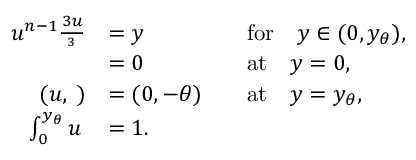
\begin{array} { r l r l } { u ^ { n - 1 } \frac { \d ^ { 3 } u } { \d y ^ { 3 } } } & { = y } & & { \mathrm { f o r } \quad y \in ( 0 , y _ { \theta } ) , } \\ { \frac { \d u } { \d y } } & { = 0 } & & { \mathrm { a t } \quad y = 0 , } \\ { ( u , \frac { \d u } { \d y } ) } & { = ( 0 , - \theta ) } & & { \mathrm { a t } \quad y = y _ { \theta } , } \\ { \int _ { 0 } ^ { y _ { \theta } } u \, \d y } & { = 1 . } \end{array}